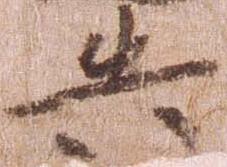
失